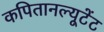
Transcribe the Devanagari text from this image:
कपितानल्यूटेंट